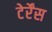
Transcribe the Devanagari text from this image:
टेर्रेंस